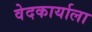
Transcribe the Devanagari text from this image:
वेदकार्याला